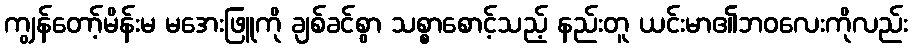
ကျွန်တော့်မိန်းမ မအေးဖြူကို ချစ်ခင်စွာ သစ္စာစောင့်သည့် နည်းတူ ယင်းမာ၏ဘဝလေးကိုလည်း